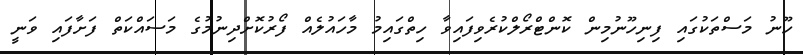
ހޫނު މަސްތަކުގައި ފިނިހޫނުމިން ކޮންޓްރޯލްކުރެވިފައިވާ ހިތްގައިމު މާހައުލެއް ފޯރުކޮށްދިނުމުގެ މަސައްކަތް ފަށާފައި ވަނީ